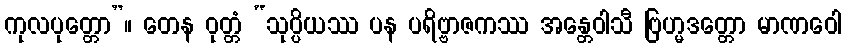
ကုလပုတ္တော”။ တေန ဝုတ္တံ “သုပ္ပိယဿ ပန ပရိဗ္ဗာဇကဿ အန္တေဝါသီ ဗြဟ္မဒတ္တော မာဏဝေါ